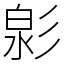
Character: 㣐